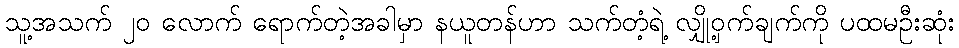
သူ့အသက် ၂၀ လောက် ရောက်တဲ့အခါမှာ နယူတန်ဟာ သက်တံ့ရဲ့ လျှို့ဝှက်ချက်ကို ပထမဦးဆုံး